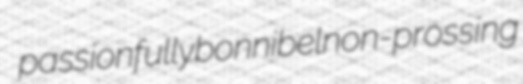
passionfully bonnibel non-prossing